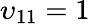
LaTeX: \upsilon_{11}=1